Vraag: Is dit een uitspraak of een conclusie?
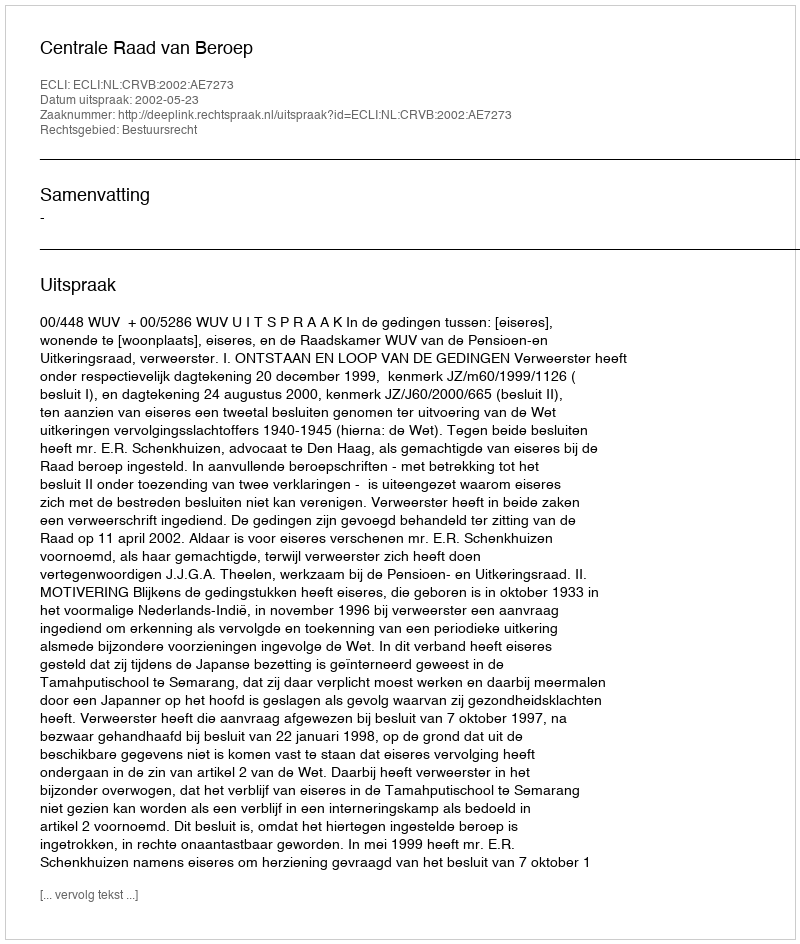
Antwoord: Uitspraak